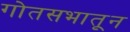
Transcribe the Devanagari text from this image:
गोतसभातून